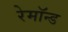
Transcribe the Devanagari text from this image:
रेमॉन्ड